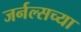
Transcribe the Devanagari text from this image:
जर्नल्सच्या